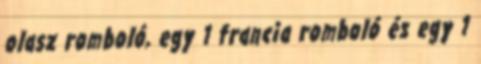
olasz romboló, egy 1 francia romboló és egy 1